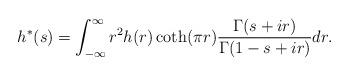
LaTeX: \begin{align*}h^{*}(s)=\int_{-\infty}^{\infty}r^2h(r)\coth(\pi r)\frac{\Gamma(s+ir)}{\Gamma(1-s+ir)}dr.\end{align*}